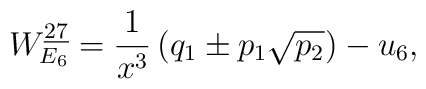
W_{E_6}^{\underline{27}}={1\over x^3} \left( q_1 \pm p_1\sqrt{p_2}\right)-u_6,